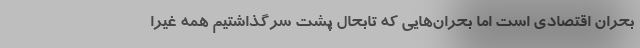
بحران اقتصادی است اما بحران‌هایی که تابحال پشت سرگذاشتیم همه غیرا